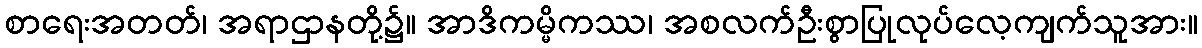
စာရေးအတတ်၊ အရာဌာနတို့၌။ အာဒိကမ္မိကဿ၊ အစလက်ဦးစွာပြုလုပ်လေ့ကျက်သူအား။